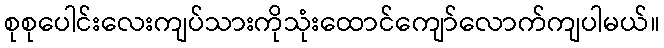
စုစုပေါင်းလေးကျပ်သားကိုသုံးထောင်ကျော်လောက်ကျပါမယ်။